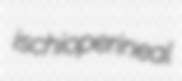
ischioperineal